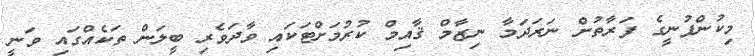
މިކުންފުނީގެ ފަރާތުން ނަރަދަމާ ނިޒާމް ޤާއިމް ކުރުމަށްޓަކައި ވާދަވެރި ބީލަން ތަކެއްގައި ވަނީ